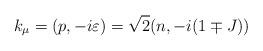
LaTeX: \begin{align*}k_{\mu}=(p,-i\varepsilon)=\sqrt{2}(n,-i(1\mp J))\end{align*}